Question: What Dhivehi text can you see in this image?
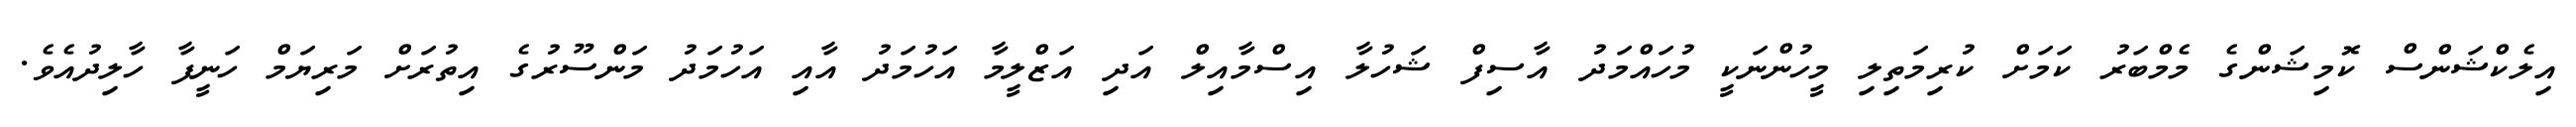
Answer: އިލެކްޝަންސް ކޮމިޝަންގެ މެމްބަރު ކަމަށް ކުރިމަތިލި މީހުންނަކީ މުހައްމަދު އާސިފް ޝަހުލާ އިސްމާއިލް އަދި އަޒްލީމާ އަހުމަދު އާއި އަހުމަދު މަންސޫރުގެ އިތުރަށް މަރިޔަމް ހަނީފާ ހާލިދުއެވެ.